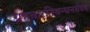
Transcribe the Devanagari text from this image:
ग्रहचारनिबन्धनसंग्रह